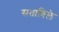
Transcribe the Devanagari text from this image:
सताविले